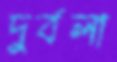
দুর্বলা